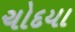
ચોદયા